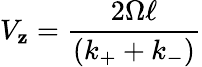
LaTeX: V_{\mathbf{z}}={\frac{{2\Omega\ell}}{{(k_{+}+k_{-})}}}